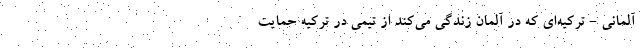
آلمانی - ترکیه‌ای که در آلمان زندگی می‌کند از تیمی در ترکیه حمایت